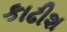
કાઢીશ